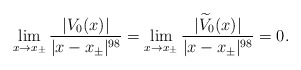
\begin{align*}\lim_{x\rightarrow x_\pm}\frac{ \vert V_0(x)\vert}{\vert x-x_\pm\vert^{98}}=\lim_{x\rightarrow x_\pm}\frac{ \vert \widetilde V_0(x)\vert}{\vert x-x_\pm\vert^{98}}=0.\end{align*}